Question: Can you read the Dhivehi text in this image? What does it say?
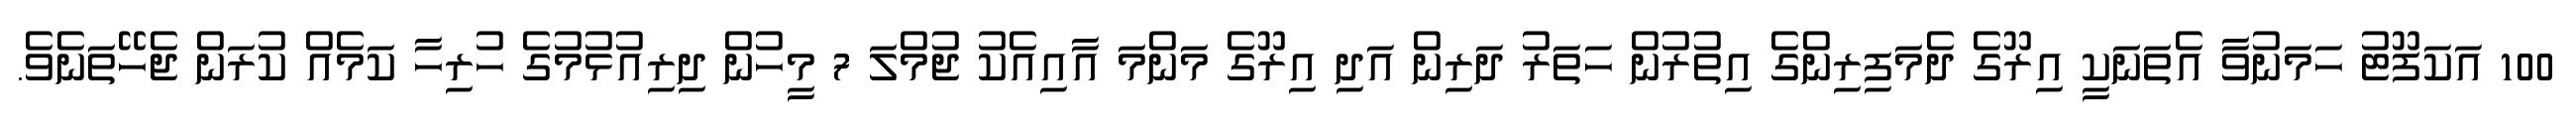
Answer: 100 އަކަފޫޓު ހަމަނުވާ އެތަނަކީ އިރޫގެ ދެމަފިރިންގެ އިތުރުން ހަތަރު ދަރިން އަދި އިރޫގެ މަންމަ އާއިއެކު ޖުމްލަ 7 މީހުން ދިރިއުޅުމުގެ ހުރިހާ ކަމެއް ކުރަން ޖެހޭތަނެވެ.